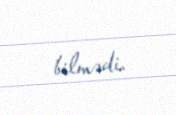
bilmədi.